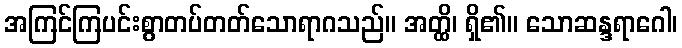
အကြင်ကြပင်းစွာတပ်တတ်သောရာဂသည်။ အတ္ထိ၊ ရှိ၏။ သောဆန္ဒရာဂေါ၊